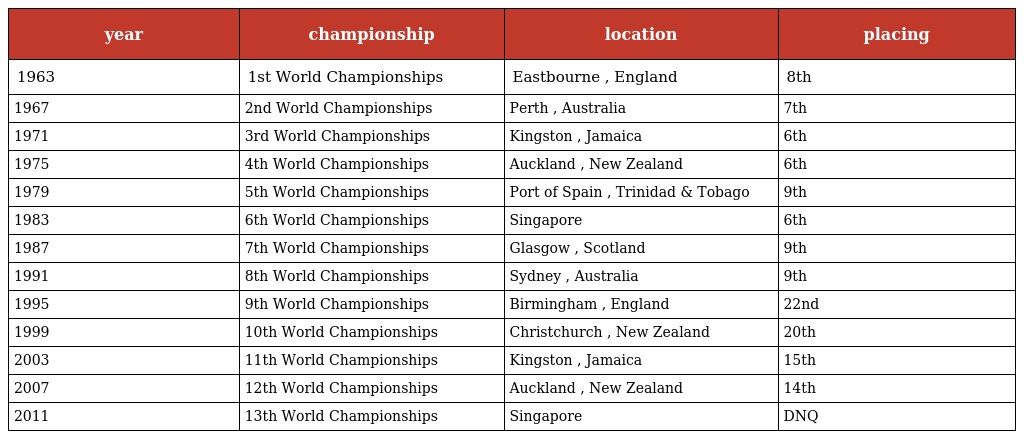
| year | championship | location | placing |
 | --- | --- | --- | --- |
 | 1963 | 1st World Championships | Eastbourne , England | 8th |
 | 1967 | 2nd World Championships | Perth , Australia | 7th |
 | 1971 | 3rd World Championships | Kingston , Jamaica | 6th |
 | 1975 | 4th World Championships | Auckland , New Zealand | 6th |
 | 1979 | 5th World Championships | Port of Spain , Trinidad & Tobago | 9th |
 | 1983 | 6th World Championships | Singapore | 6th |
 | 1987 | 7th World Championships | Glasgow , Scotland | 9th |
 | 1991 | 8th World Championships | Sydney , Australia | 9th |
 | 1995 | 9th World Championships | Birmingham , England | 22nd |
 | 1999 | 10th World Championships | Christchurch , New Zealand | 20th |
 | 2003 | 11th World Championships | Kingston , Jamaica | 15th |
 | 2007 | 12th World Championships | Auckland , New Zealand | 14th |
 | 2011 | 13th World Championships | Singapore | DNQ |